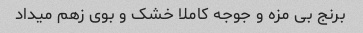
برنج بی مزه و جوجه کاملا خشک و بوی زهم میداد